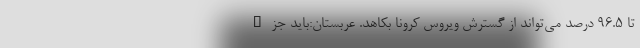
تا 96.5 درصد می‌تواند از گسترش ویروس کرونا بکاهد. عربستان:باید جزء